Report on malaria in the Punjab during the year ...  together with an account of the work of the Punjab Malaria Bureau - Volume 6
Disease focus: Malaria
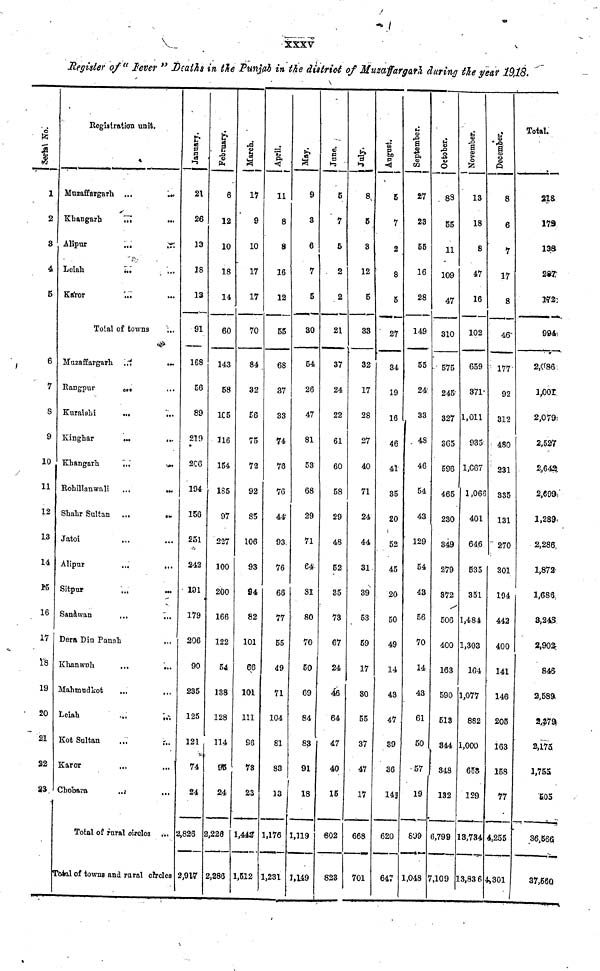
XXXV
Register of " Fever " Deaths in the Punjab in the district of Muzaffargarh daring the year 1918.
Serial No.
1
2
S
4
5
6
7
8
9
10
11
12
13
14
15
16
17
18
19
20
21
22
23
Registration unit.
Muzaffargarh
Khangarh
Alipur
Leiah
Karor
...
...
...
...
...
Total of towns
Muzaffargarh
Rangpur
Kuraishi
Kinghar
Khangarh
Rohillanwali
Shahr Sultan
Jatoi
Alipur
Sitpur
Sanawan
...
...
...
...
...
...
...
...
...
...
...
Dera Din Panah
Khanwoli
Mahmudkot
Leiah
Kot Sultan
Karor
Chobara
...
...
...
...
...
...
Total of rural circles
...
...
...
...
...
...
...
...
...
...
...
...
...
...
...
...
...
...
...
...
...
...
...
...
...
Total of towns and rural circles
January.
21
26
13
18
13
91
168
56
89
219
266
194
156
251
242
191
179
296
90
235
125
121
74
24
2,826
2,917
February.
6
12
10
18
14
60
143
58
105
116
154
185
97
227
100
200
166
122
54
138
128
114
95
24
2,228
2,286
March.
17
9
10
17
17
70
84
32
56
75
72
92
85
106
93
94
82
101
66
101
111
96
73
23
1,442
1,512
April.
11
8
8
16
12
55
68
37
33
74
76
76
44
93
76
66
77
55
49
71
104
81
83
13
1,176
1,231
May.
9
3
6
7
5
30
54
26
47
81
53
68
29
71
64
81
80
70
50
69
84
83
91
18
1,119
1,149
June.
5
7
5
2
2
21
37
24
22
61
60
58
29
48
52
35
73
67
24
46
64
47
40
15
802
823
_
July.
8
5
3
12
5
33
32
17
28
27
40
71
24
44
31
39
53
59
17
30
55
37
47
17
668
701
August.
5
7
2
8
5
27
34
19
16
46
41
35
20
52
45
20
50
49
14
43
47
39
36
14
620
647
September.
27
23
55
16
28
149
55
24
33
48
46
54
43
129
54
43
56
70
14
43
61
50
57
19
899
1,048
October.
88
55
11
109
47
310
575
245
327
365
596
465
230
349
279
372
506
400
163
590
513
344
348
132
6,799
7,109
November.
13
18
8
47
16
102
659
371
1,011
935
1,067
1,065
401
646
535
351
1,484
1,303
164
1,077
882
1,000
653
129
13,734
13,83 6
December.
8
6
7
17
8
46
177
92
312
480
231
335
131
270
301
194
442
400
141
146
205
163
158
77
4,255
4,301
Total.
218
179
138
287
172
994
2,086
1,001
2,079
2,527
2,642
2,699
1,289
2,286
1,872
1,686
3,248
2,902
846
2,589
2,379
2,175
1,755
505
36,566
37,560